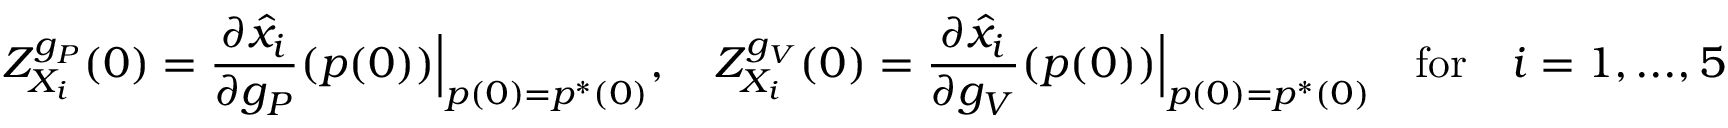
Z _ { X _ { i } } ^ { g _ { P } } ( 0 ) = \frac { \partial \hat { x } _ { i } } { \partial g _ { P } } ( p ( 0 ) ) \Big | _ { p ( 0 ) = p ^ { * } ( 0 ) } , \quad Z _ { X _ { i } } ^ { g _ { V } } ( 0 ) = \frac { \partial \hat { x } _ { i } } { \partial g _ { V } } ( p ( 0 ) ) \Big | _ { p ( 0 ) = p ^ { * } ( 0 ) } \quad \mathrm { f o r } \quad i = 1 , . . . , 5